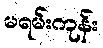
မရမ်းကုန်း